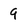
Character: 9